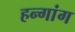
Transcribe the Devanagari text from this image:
हन्गांग